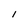
Character: I